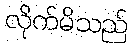
လိုက်မိသည်